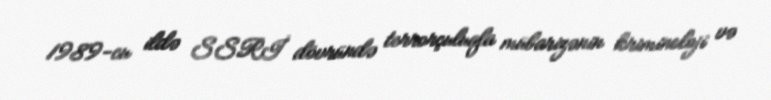
1989-cu ildə SSRİ dövründə terrorçuluqla mübarizənin kriminoloji və